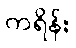
ကရိန်း